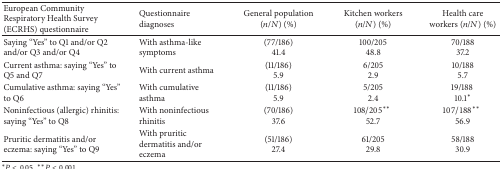
<table><thead><tr><td><b>European Community Respiratory Health Survey (ECRHS) questionnaire</b></td><td><b>Questionnaire diagnoses</b></td><td><b>General population (<i>n</i>/<i>N</i>) (%)</b></td><td><b>Kitchen workers (<i>n</i>/<i>N</i>) (%)</b></td><td><b>Health care workers (<i>n</i>/<i>N</i>) (%)</b></td></tr></thead><tbody><tr><td>Saying “Yes” to Q1 and/or Q2 and/or Q3 and/or Q4</td><td>With asthma-like symptoms</td><td>(77/186)41.4</td><td>100/20548.8</td><td>70/18837.2</td></tr><tr><td>Current asthma: saying “Yes” to Q5 and Q7</td><td>With current asthma</td><td>(11/186)5.9</td><td>6/2052.9</td><td>10/1885.7</td></tr><tr><td>Cumulative asthma: saying “Yes” to Q6</td><td>With cumulative asthma</td><td>(11/186)5.9</td><td>5/2052.4</td><td>19/188 10.1*</td></tr><tr><td>Noninfectious (allergic) rhinitis: saying “Yes” to Q8</td><td>With noninfectious rhinitis</td><td>(70/186)37.6</td><td>108/205**52.7</td><td>107/188**56.9</td></tr><tr><td>Pruritic dermatitis and/or eczema: saying “Yes” to Q9</td><td>With pruritic dermatitis and/or eczema</td><td>(51/186)27.4</td><td>61/20529.8</td><td>58/18830.9</td></tr></tbody></table>